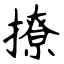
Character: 撩